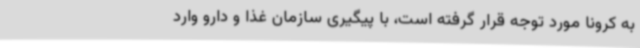
به کرونا مورد توجه قرار گرفته است، با پیگیری سازمان غذا و دارو وارد